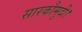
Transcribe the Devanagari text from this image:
सारकौमुदी।